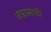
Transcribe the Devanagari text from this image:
तंत्रासाठी